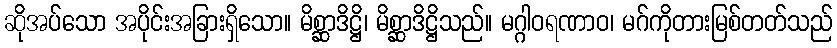
ဆိုအပ်သော အပိုင်းအခြားရှိသော။ မိစ္ဆာဒိဋ္ဌိ၊ မိစ္ဆာဒိဋ္ဌိသည်။ မဂ္ဂါဝရဏာဝ၊ မဂ်ကိုတားမြစ်တတ်သည်